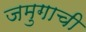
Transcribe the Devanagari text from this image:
जमुगाची